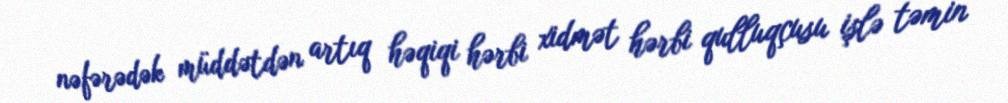
nəfərədək müddətdən artıq həqiqi hərbi xidmət hərbi qulluqçusu işlə təmin